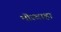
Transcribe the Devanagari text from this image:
भोरवाहा